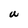
Character: W